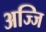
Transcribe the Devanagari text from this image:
अज्जि